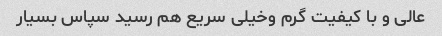
عالی و با کیفیت گرم وخیلی سریع هم رسید سپاس بسیار